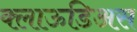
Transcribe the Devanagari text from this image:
क्लाऊडिअस